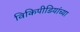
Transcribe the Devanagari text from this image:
विकिपीडियांच्या